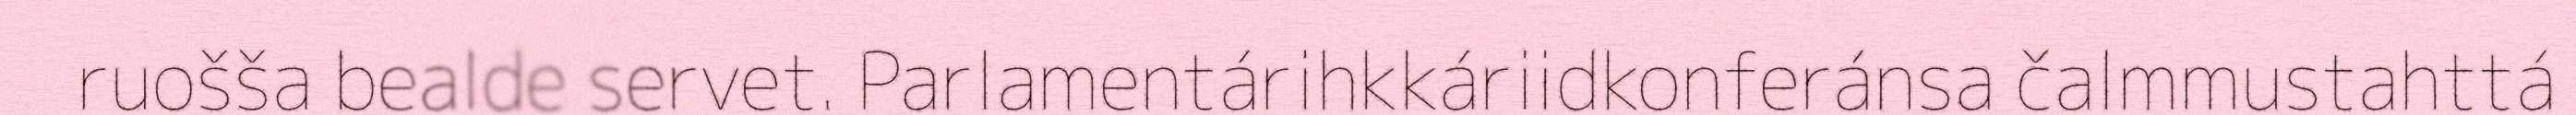
ruošša bealde servet. Parlamentárihkkáriidkonferánsa čalmmustahttá